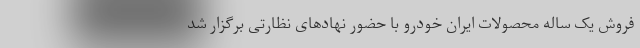
فروش یک ساله محصولات ایران خودرو با حضور نهادهای نظارتی برگزار شد